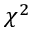
\chi ^ { 2 }